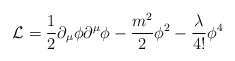
\begin{align*}{\cal L} = \frac{1}{2} \partial_{\mu}\phi\partial^{\mu}\phi - \frac{m^{2}}{2}\phi^{2} - \frac{\lambda}{4!}\phi^{4}\end{align*}